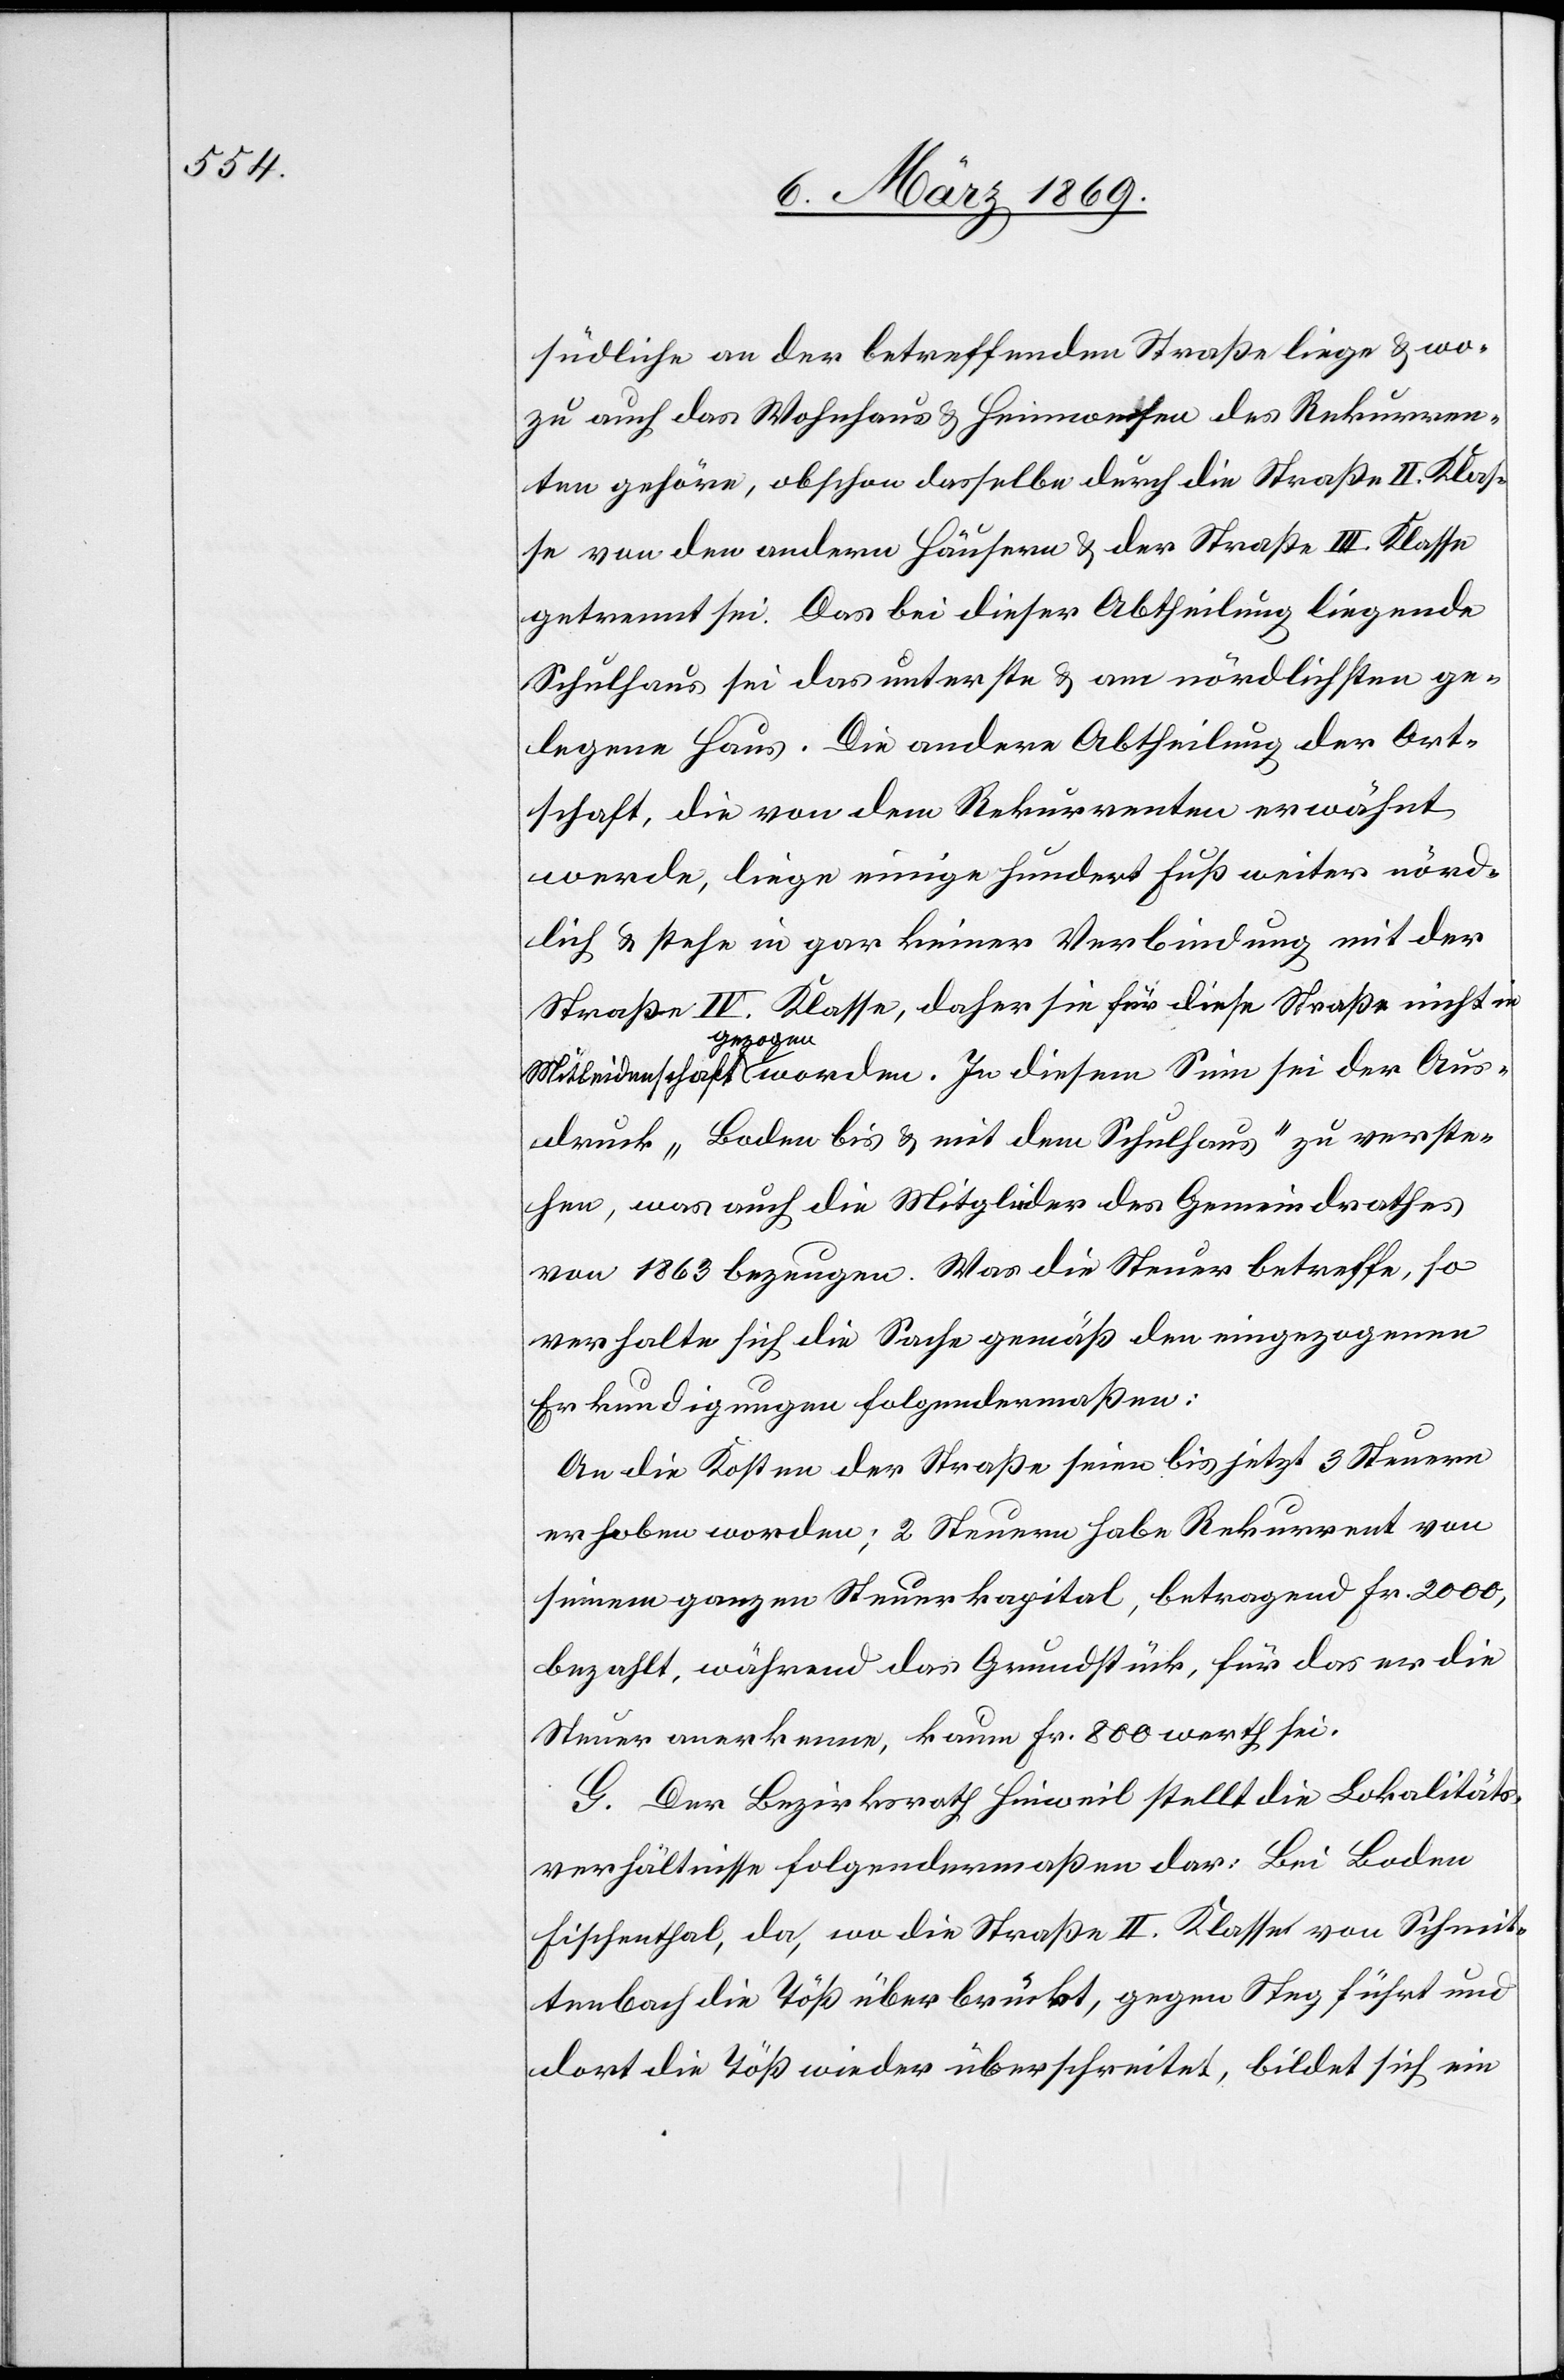
südliche an der betreffenden Straße liege & wo¬
zu auch das Wohnhaus & Heimwesen des Rekurren¬
ten gehöre, obschon dasselbe durch die Straße II. Klas¬
se von den andern Häusern & der Straße III. Klasse
getrennt sei. Das bei dieser Abtheilung liegende
Schulhaus sei das unterste & am nördlichsten ge¬
legene Haus. Die andere Abtheilung der Ort¬
schaft, die von dem Rekurrenten erwähnt
werde, liege einige hundert Fuß weiter nörd¬
lich & stehe in gar keiner Verbindung mit der
Straße IV. Klasse, daher sie für diese Straße nicht in
Mitleidenschaft gezogen worden. In diesem Sinn sei der Aus¬
druck „Boden bis & mit dem Schulhaus“ zu verste¬
hen, was auch die Mitglieder des Gemeindrathes
von 1863 bezeugen. Was die Steuer betreffe, so
verhalte sich die Sache gemäß den eingezogenen
Erkundigungen folgendermaßen:
An die Kosten der Straße seien bis jetzt 3 Steuern
erhoben worden; 2 Steuern habe Rekurrent von
seinem ganzen Steuerkapital, betragend Fr. 2000,
bezahlt, während das Grundstück, für das er die
Steuer anerkenne, kaum Fr. 800 werth sei.
G. Der Bezirksrath Hinweil stellt die Lokalitäts¬
verhältnisse folgendermaßen dar: Bei Boden
Fischenthal, da, wo die Straße II. Klasse von Schnit¬
tenbach die Töß über brückt, gegen Steg führt und
dort die Töß wieder überschreitet, bildet sich ein